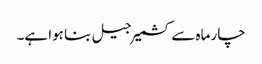
چار ماہ سے کشمیر جیل بنا ہوا ہے۔